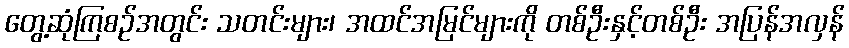
တွေ့ဆုံကြစဉ်အတွင်း သတင်းများ၊ အထင်အမြင်များကို တစ်ဦးနှင့်တစ်ဦး အပြန်အလှန်